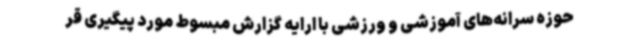
حوزه سرانه‌های آموزشی و ورزشی با ارایه گزارش مبسوط مورد پیگیری قر